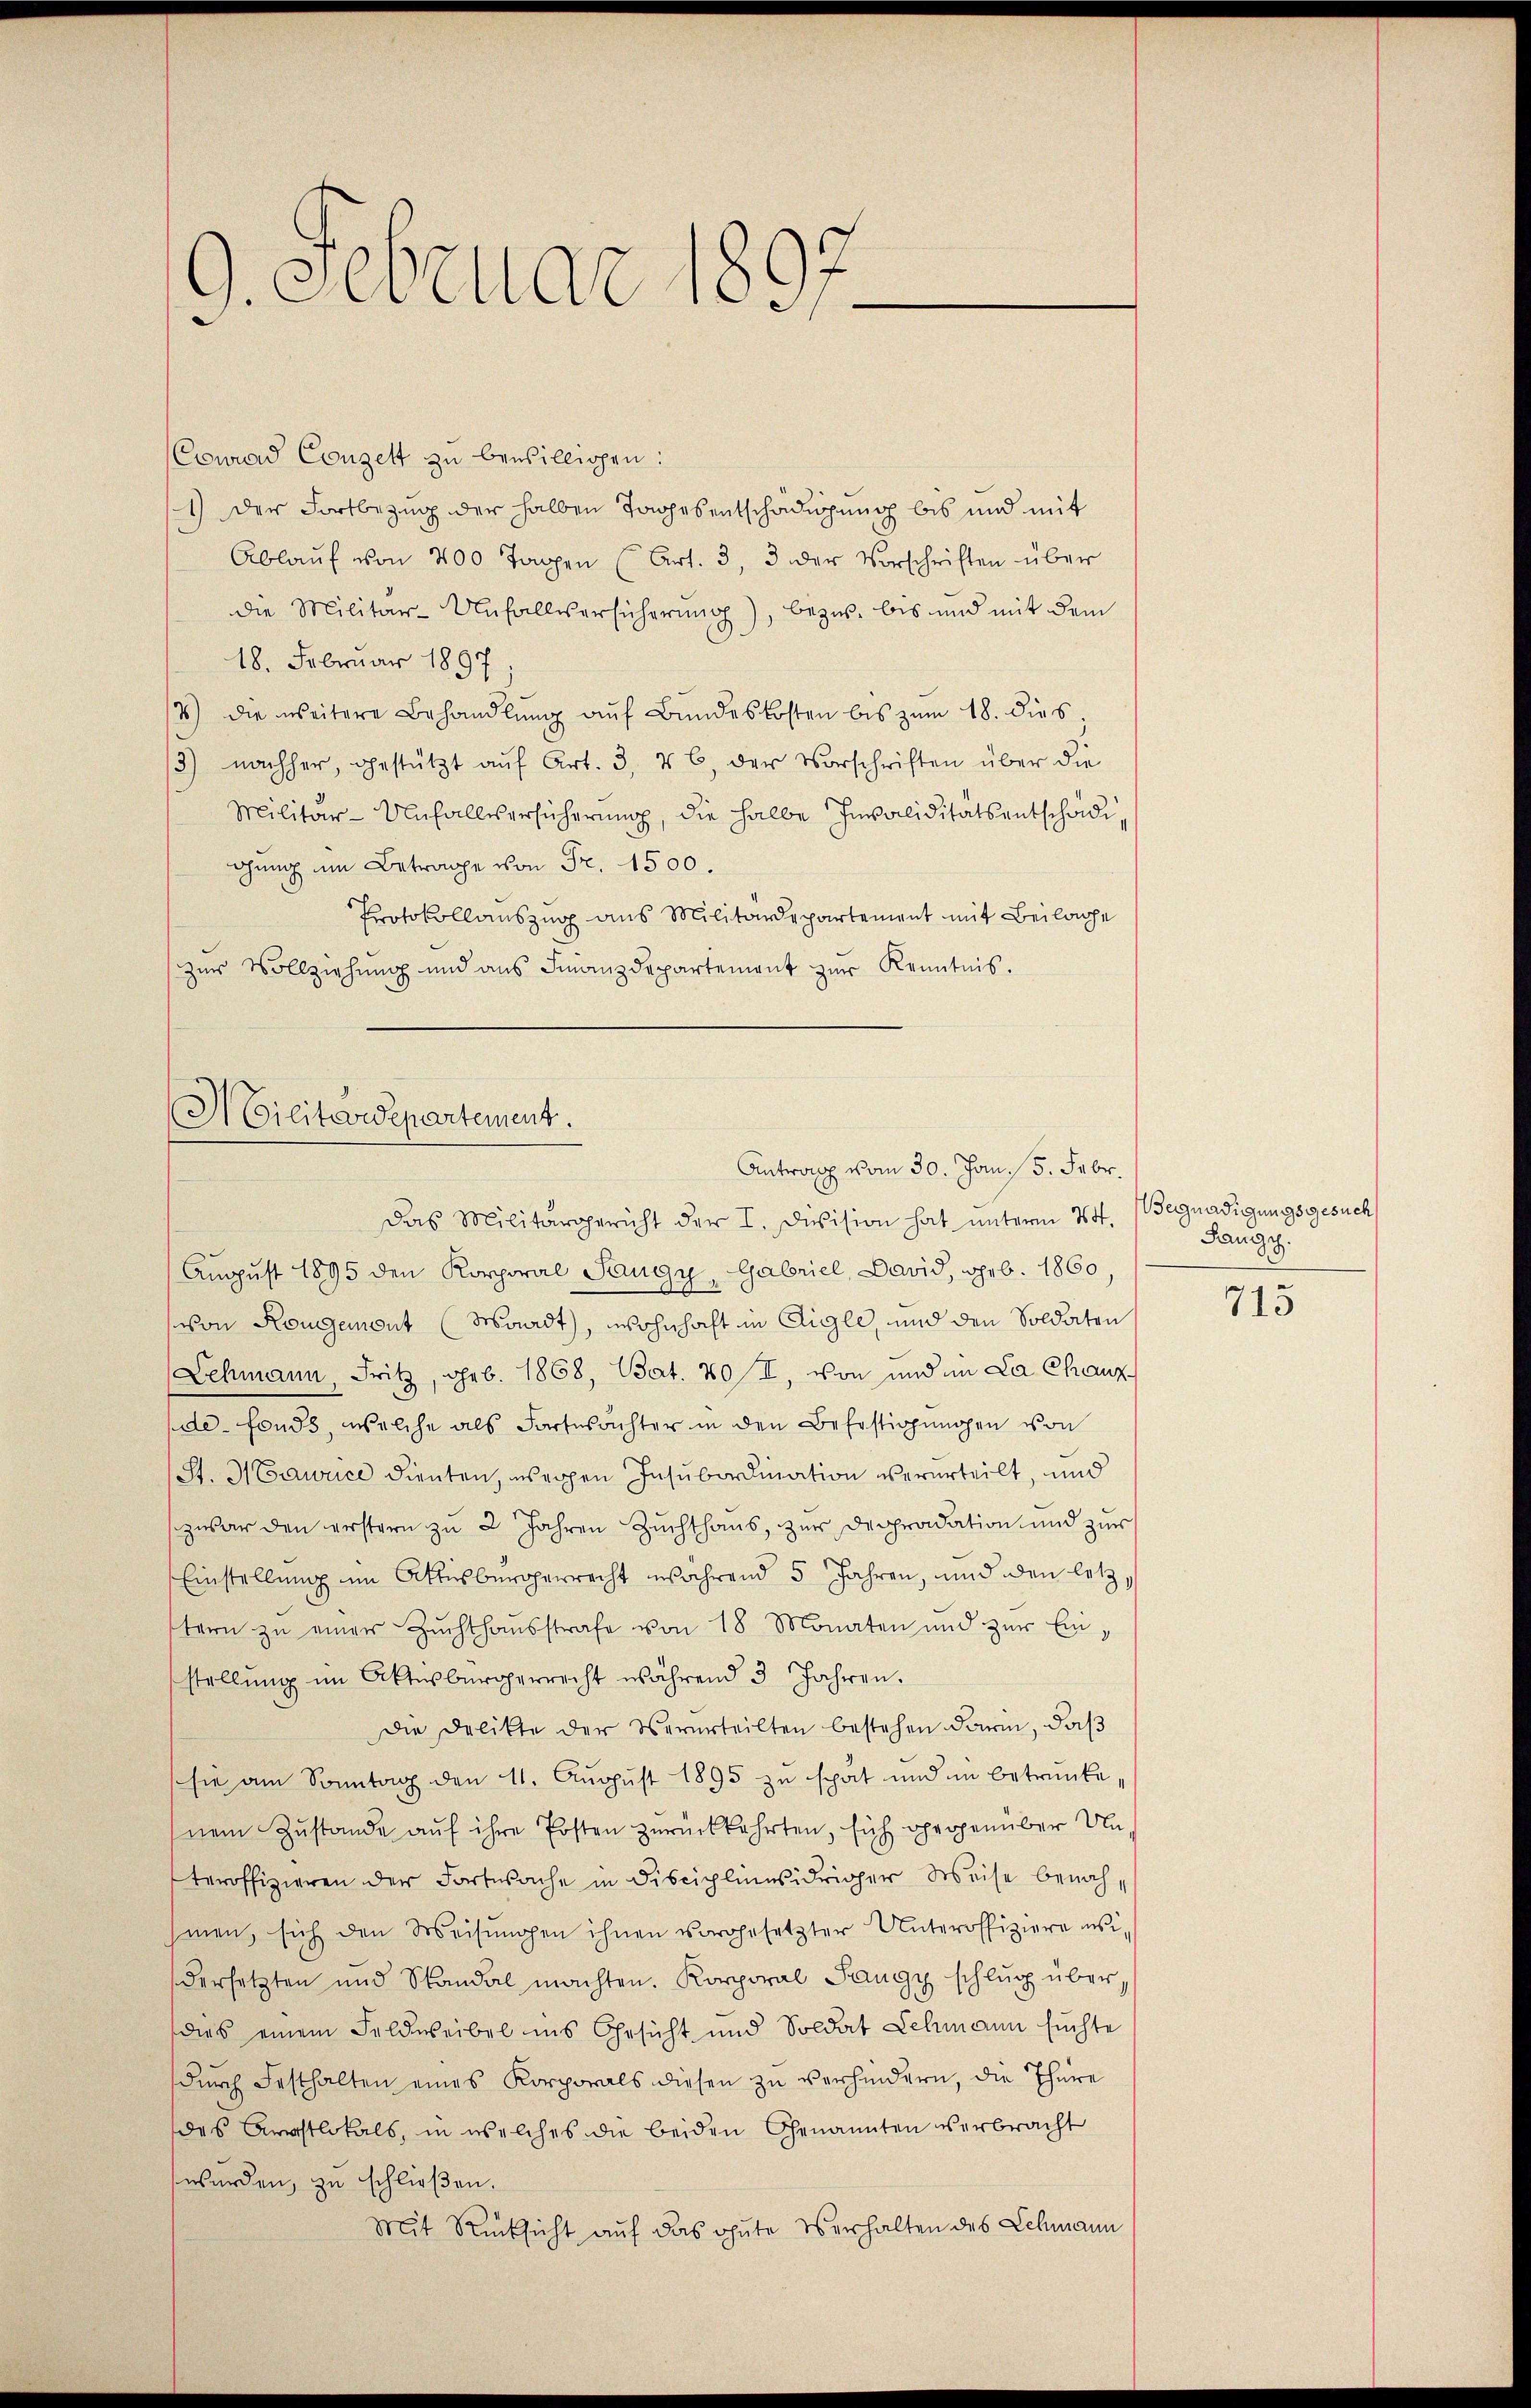
.
g. gebenden,

Conrad Conzett zu bewilligen:
1) Der Fortbezug der halben Tapposentschädigung bis und mit
Ablaŭf von 200 Tagen (Art. 3, 3 der Vorschriften über
die Militär-Unfallversicherŭng), bezw. bis und mit dem
18. Februar 1897
7) die weitere Behandlŭng auf Bundeskosten bis zum 18. dies,
3) nachher, gestützt aŭf Art. 3, 46, der Vorschriften über die
Militär-Unfallversicherŭng, die halbe Invaliditätsentschädigung im Betrage von Fr. 1500.
Protokollauszug aus Militärdepartement mit Beilage
zŭr Vollziehŭng und ans Finanzdepartement zŭr Kenntnis.

Hilitardepartement.
Antrag vom 30. Jan. / 5. Febr.
Das Militärgericht der I. Division hat unterm 24.

August 1895 den Korporal Saugy, Gabriel, David, geb. 1860,
von Rouggemont (Waadt, wohnhaft in Aigle, und den Soldaten
Lehmann, Fritz, geb. 1868, Bat. 20/I, von und im La Chanz
de fonds, welche als Fortwachter in den Befestigungen von
St. 31 Eawice dienten, wegen Insubordination verurteilt, und
zwar den erstern zu 2 Jahren Zuchthaus, zur Dephradation und zur
Einstellung im Attesbürgerrecht während 5 Jahren, und den letz
tern zu einer Zŭchthaŭsstrafe von 18 Monaten und zur Einstellŭng im Aktesbürgerrecht während 3 Jahren.
Die Delikte der Verurteilten bestehen darin, daβ
sie am Sonntag den 11. August 1895 zu spät und in Betrunke
nem Zustande auf ihre Posten zurückkehrten, sich gegenüber Unteroffizieren der Fortwache in disciplinasidriger Weise benach
hmen, sich den Weisŭngen ihnen vorgesetzter Unteroffiziere usidersetzten und Sandal machten. Korporal Pangy schlŭg überdies einem Feldweibel ins Gesicht und Soldat Lehmann suchte
dŭrch Festhalten eines Korporals diesen zu verhindern, die Thüre
des Aristlokals, in welches die beiden Genannten verbracht
werden, zu schließen.
Mit Rücksicht auf das gute Verhalten des Lehmann

Begnadigungsgesuch
Jangg.

715